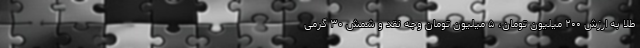
طلا به ارزش ۲۰۰ میلیون تومان، ۵ میلیون تومان وجه نقد و شمش ۳۰ گرمی